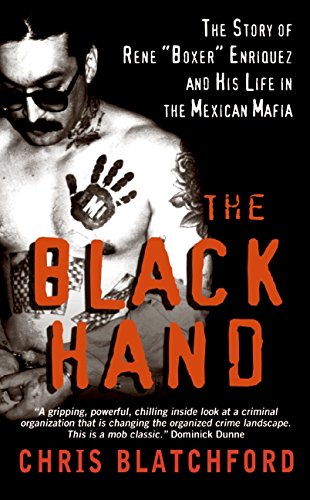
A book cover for The Black Hand: The Story of Rene "Boxer" Enriquez and His Life in the Mexican Mafia; Chris Blatchford; Biographies & Memoirs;